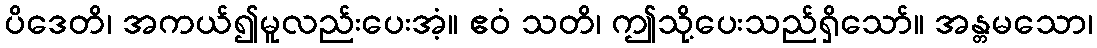
ပိဒေတိ၊ အကယ်၍မူလည်းပေးအံ့။ ဧဝံ သတိ၊ ဤသို့ပေးသည်ရှိသော်။ အန္တမသော၊